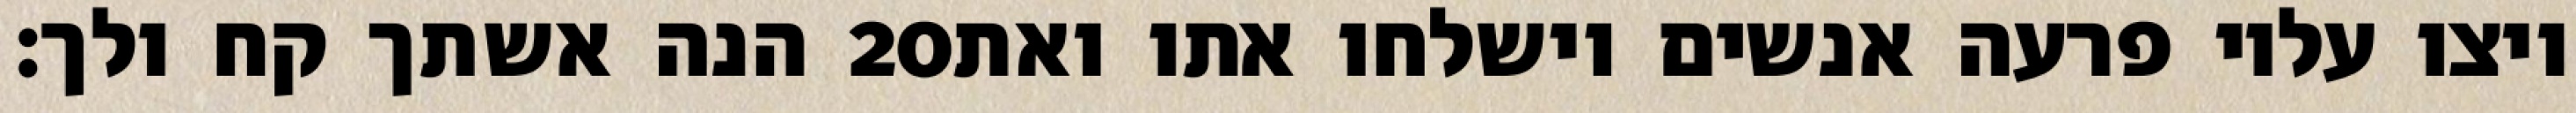
הנה אשתך קח ולך׃ ‎20‏ ויצו עליו פרעה אנשים וישלחו אתו ואת